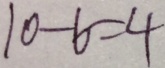
1 0 - 6 = 4